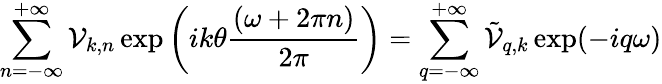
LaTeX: \sum_{n=-\infty}^{+\infty}{\cal V}_{k,n}\exp\left(ik\theta\frac{(\omega+2\pi n)}{2\pi}\right)=\sum_{q=-\infty}^{+\infty}\tilde{\cal V}_{q,k}\exp(-iq\omega)